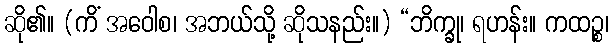
ဆို၏။ (ကိံ အဝေါစ၊ အဘယ်သို့ ဆိုသနည်း။) “ဘိက္ခု၊ ရဟန်း။ ကထဉ္စ၊